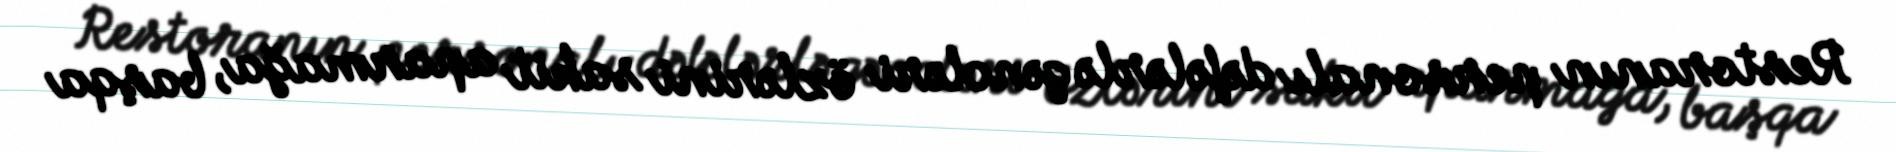
Restoranın personalı dəfələrlə gəncləri özlərini sakit aparmağa, başqa